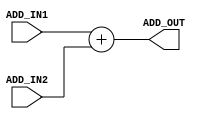
module adder (ADD_IN1, ADD_IN2, ADD_OUT);

    parameter LENGTH = 16;
    input [LENGTH-1:0] ADD_IN1, ADD_IN2;
    output [LENGTH-1:0] ADD_OUT;

    assign ADD_OUT = ADD_IN1 + ADD_IN2;

endmodule